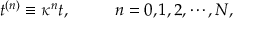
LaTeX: t ^ { ( n ) } \equiv \kappa ^ { n } t , \ \ \ \ \ \ \ \ n = 0 , 1 , 2 , \cdots , N ,